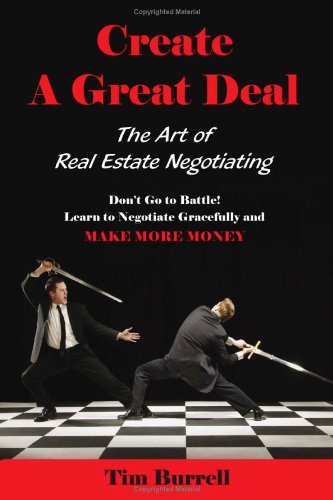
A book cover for Create a Great Deal: The Art of Real Estate Negotiating; Tim Burrell; Business & Money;